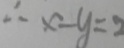
\therefore x - y = 2